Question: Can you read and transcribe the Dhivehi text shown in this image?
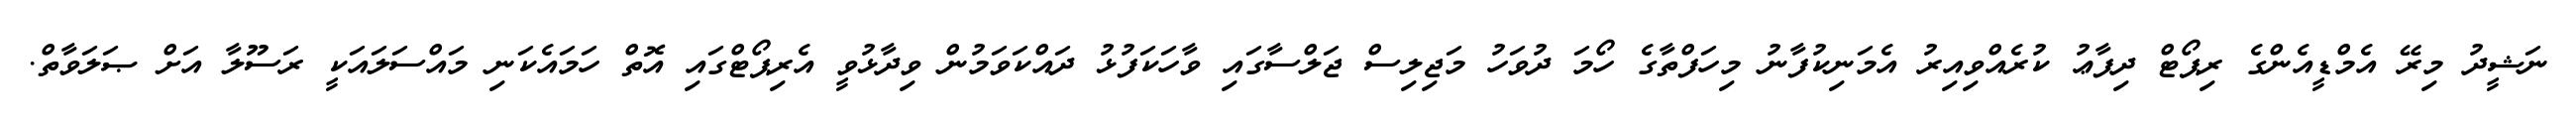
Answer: ނަޝީދު މިރޭ އެމްޑީއެންގެ ރިޕޯޓް ދިފާޢު ކުރެއްވިއިރު އެމަނިކުފާނު މިހަފްތާގެ ހޯމަ ދުވަހު މަޖިލިސް ޖަލްސާގައި ވާހަކަފުޅު ދައްކަވަމުން ވިދާޅުވީ އެރިޕޯޓްގައި އޮތް ހަމައެކަނި މައްސަލައަކީ ރަސޫލާ އަށް ޞަލަވާތް.